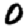
Digit: 0